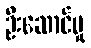
ဦးဆောင်မှု